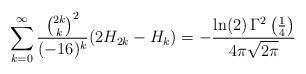
LaTeX: \begin{align*} \sum_{k=0}^{\infty} \frac{ \binom{2k}{k}^{2} }{(-16)^{k}} (2 H_{2k} - H_{k}) = -\frac{\ln(2) \, \Gamma^{2}\left( \frac{1}{4} \right)}{ 4 \pi \sqrt{2\pi} } \end{align*}